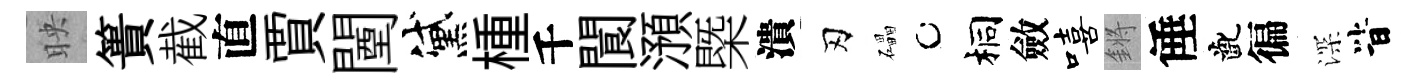
映簣截直賈闉黛㮔千閬澦㮣潰刃礧桐斂嘻鏘倕齔徧深𣅜